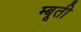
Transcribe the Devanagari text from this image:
म्बूती